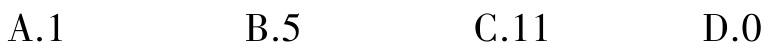
A.1

B.5

C.11

D.0